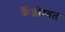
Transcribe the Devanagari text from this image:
कैंडोम्बल